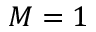
M = 1